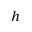
\displaystyle h